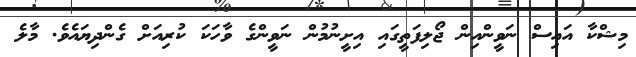
މިޝްކާ އައިސް ނަވީންއިން ޖޯލިފަތީގައި އިށީނުމުން ނަވީންގެ ވާހަކަ ކުރިއަށް ގެންދިޔައެވެ. މާލެ